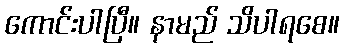
ကောင်းပါပြီ။ နာမည် သိပါရစေ။